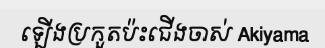
ឡើងប្រកួតប៉ះជើងចាស់ Akiyama